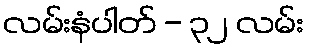
လမ်းနံပါတ် - ၃၂ လမ်း